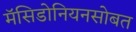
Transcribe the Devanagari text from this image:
मॅसिडोनियनसोबत